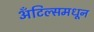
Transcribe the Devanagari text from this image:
अँटिल्समधून